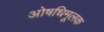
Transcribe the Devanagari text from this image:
ओषधिमूलक